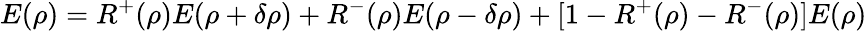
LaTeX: E(\rho)=R^{+}(\rho)E(\rho+\delta\rho)+R^{-}(\rho)E(\rho-\delta\rho)+[1-R^{+}(\rho)-R^{-}(\rho)]E(\rho)